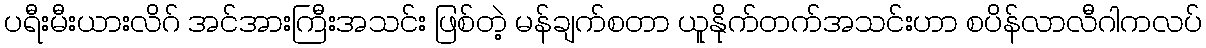
ပရီးမီးယားလိဂ် အင်အားကြီးအသင်း ဖြစ်တဲ့ မန်ချက်စတာ ယူနိုက်တက်အသင်းဟာ စပိန်လာလီဂါကလပ်